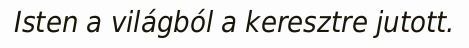
Isten a világból a keresztre jutott.